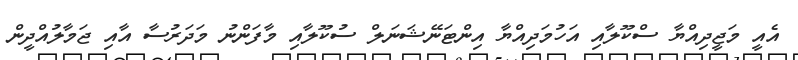
އެއީ މަޖީދިއްޔާ ސްކޫލާއި އަހުމަދިއްޔާ އިންޓަނޭޝަނަލް ސުކޫލާއި މާފަންނު މަދަރުސާ އާއި ޖަމާލުއްދީން